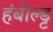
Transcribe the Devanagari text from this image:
हंबोल्ड्ट